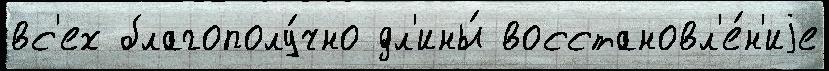
вс'ех благополу́чно дл'ины́ восстановл'е́н'иjе